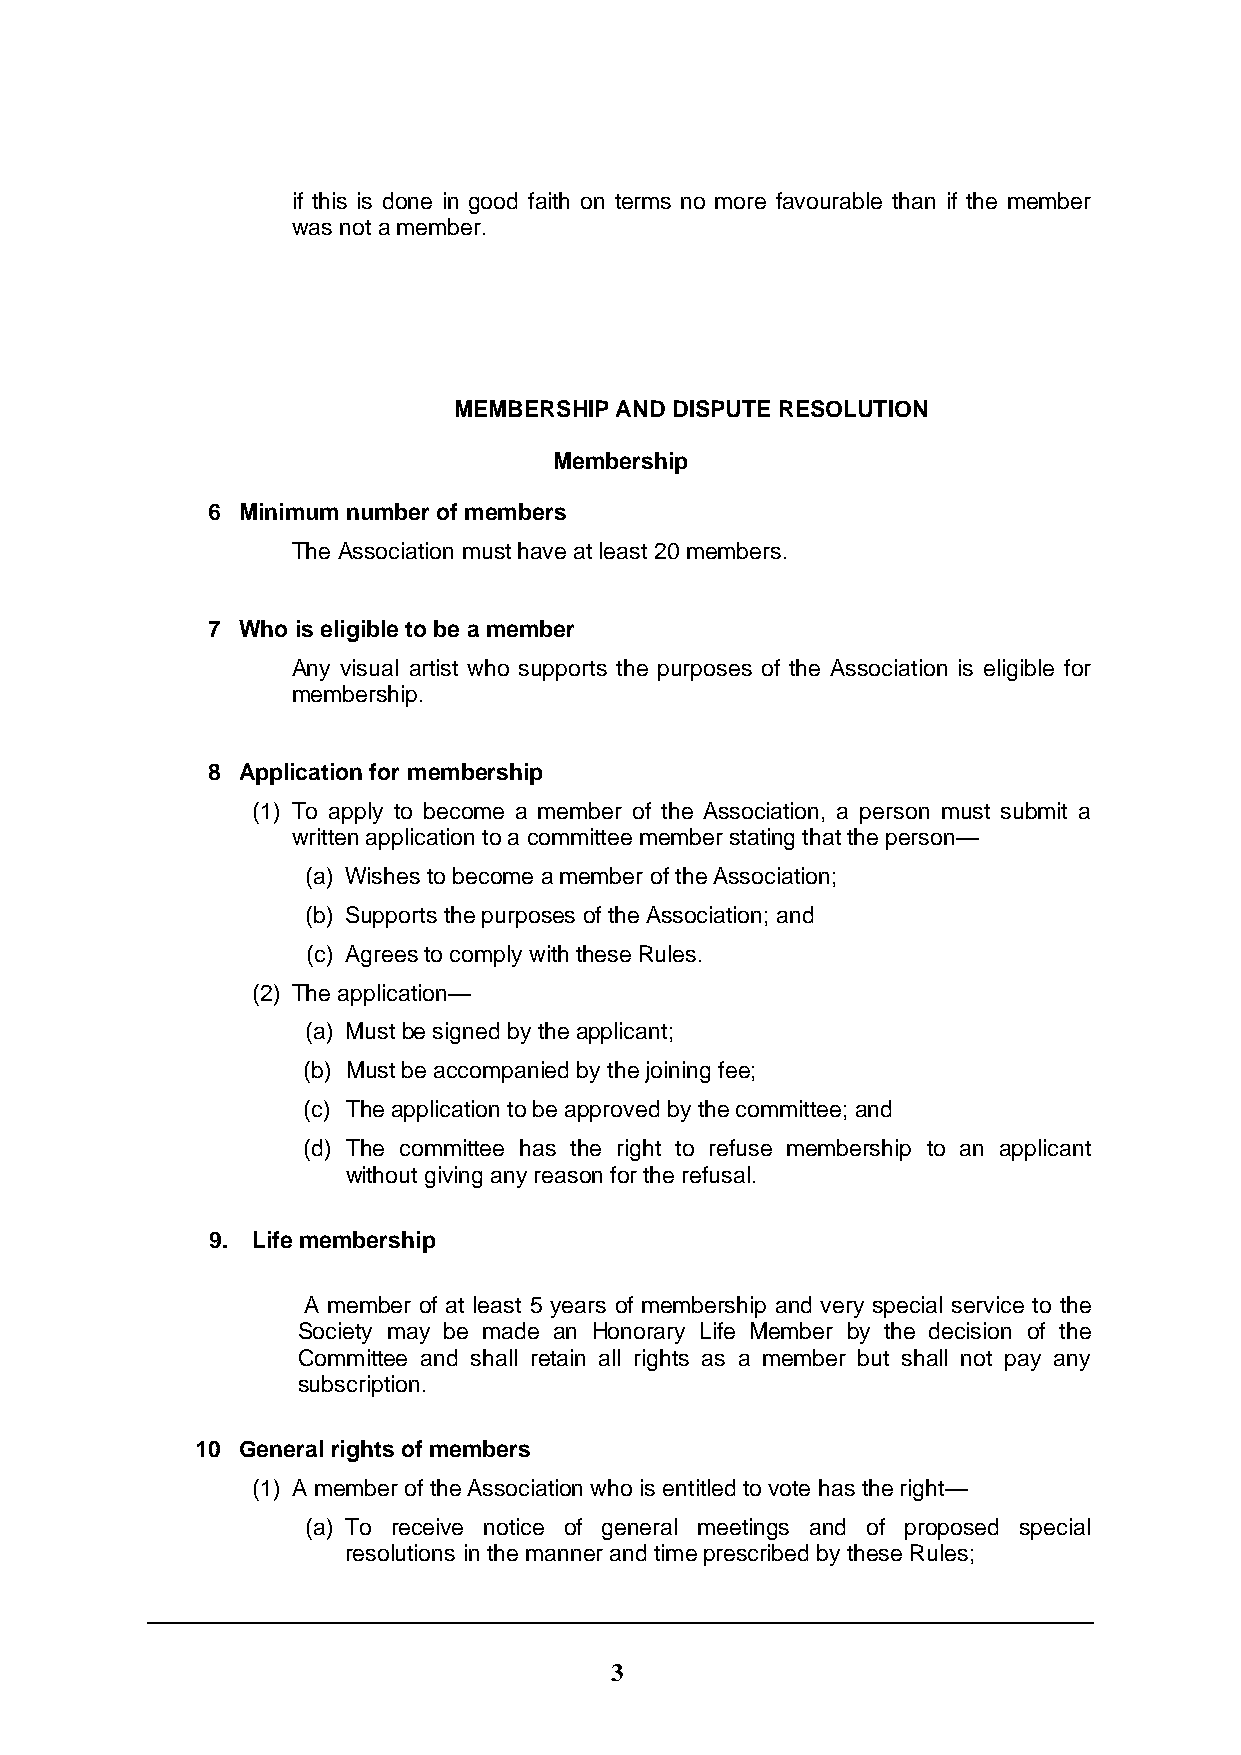
if this is done in good faith on terms no more favourable than if the member
 was not a member.
 MEMBERSHIP AND DISPUTE RESOLUTION
 Membership
 6 Minimum number of members
 The Association must have at least 20 members.
 7 Who is eligible to be a member
 Any visual artist who supports the purposes of the Association is eligible for
 membership.
 8 Application for membership
 (1) To apply to become a member of the Association, a person must submit a
 written application to a committee member stating that the person—
 (a) Wishes to become a member of the Association;
 (b) Supports the purposes of the Association; and
 (c) Agrees to comply with these Rules.
 (2) The application—
 (a) Must be signed by the applicant;
 (b) Must be accompanied by the joining fee;
 (c) The application to be approved by the committee; and
 (d) The committee has the right to refuse membership to an applicant
 without giving any reason for the refusal.
 9. Life membership
 A member of at least 5 years of membership and very special service to the
 Society may be made an Honorary Life Member by the decision of the
 Committee and shall retain all rights as a member but shall not pay any
 subscription.
 10 General rights of members
 (1) A member of the Association who is entitled to vote has the right—
 (a) To receive notice of general meetings and of proposed special
 resolutions in the manner and time prescribed by these Rules;
 3